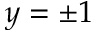
y = \pm 1